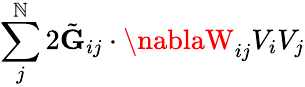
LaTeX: \sum_{j}^{\mathbb{N}}2\tilde{{\mathbf{{G}}}}_{ij}\cdot\nablaW_{ij}V_{i}V_{j}